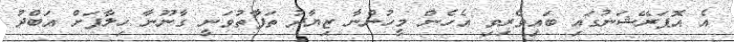
އެ އޮޕަރޭޝަނުގައި ބައިވެރިވި އެހެން މީހުންނާ ޒިޔާދު ތަފާތުވަނީ ގާނޫނާ ހިލާފަށް އަބްދު